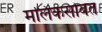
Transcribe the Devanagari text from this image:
मलिकसोबत